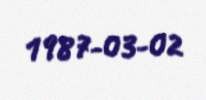
1987-03-02